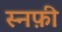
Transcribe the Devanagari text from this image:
स्नफ़ी